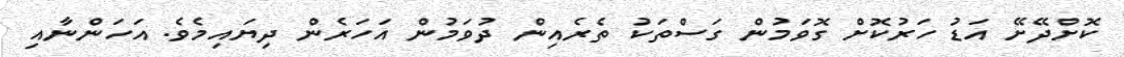
ކޮށްދޭށޭ އަޑު ހަރުކޮށް ގޮވަމުން ގަސްތަކު ތެރެއިން ދުވަމުން އަހަރެން ދިޔައިމެވެ. އަހަންނާއި